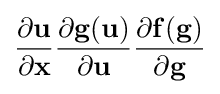
{\frac {\partial \mathbf {u} }{\partial \mathbf {x} }}{\frac {\partial \mathbf {g} (\mathbf {u} )}{\partial \mathbf {u} }}{\frac {\partial \mathbf {f} (\mathbf {g} )}{\partial \mathbf {g} }}